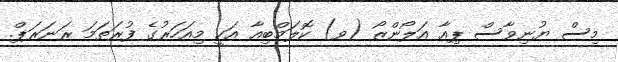
މިސް ޔުނިވާސް ޕިއާ އަލޯންޒޯ (ވ) ކޮލަމްބިއާ އަކީ މިއަހަރުގެ ފުރަތަމަ ރަނަރަޕް.